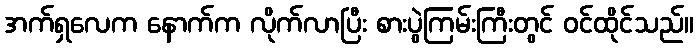
အက်ရှလေက နောက်က လိုက်လာပြီး စားပွဲကြမ်းကြီးတွင် ဝင်ထိုင်သည်။